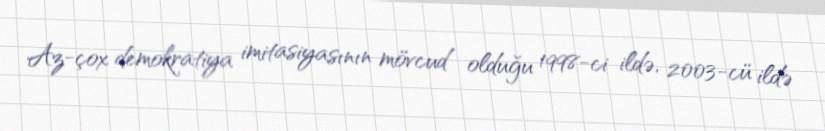
Az-çox demokratiya imitasiyasının mövcud olduğu 1998-ci ildə, 2003-cü ildə